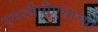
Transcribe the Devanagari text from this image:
एमव्हीपीएसाच्या